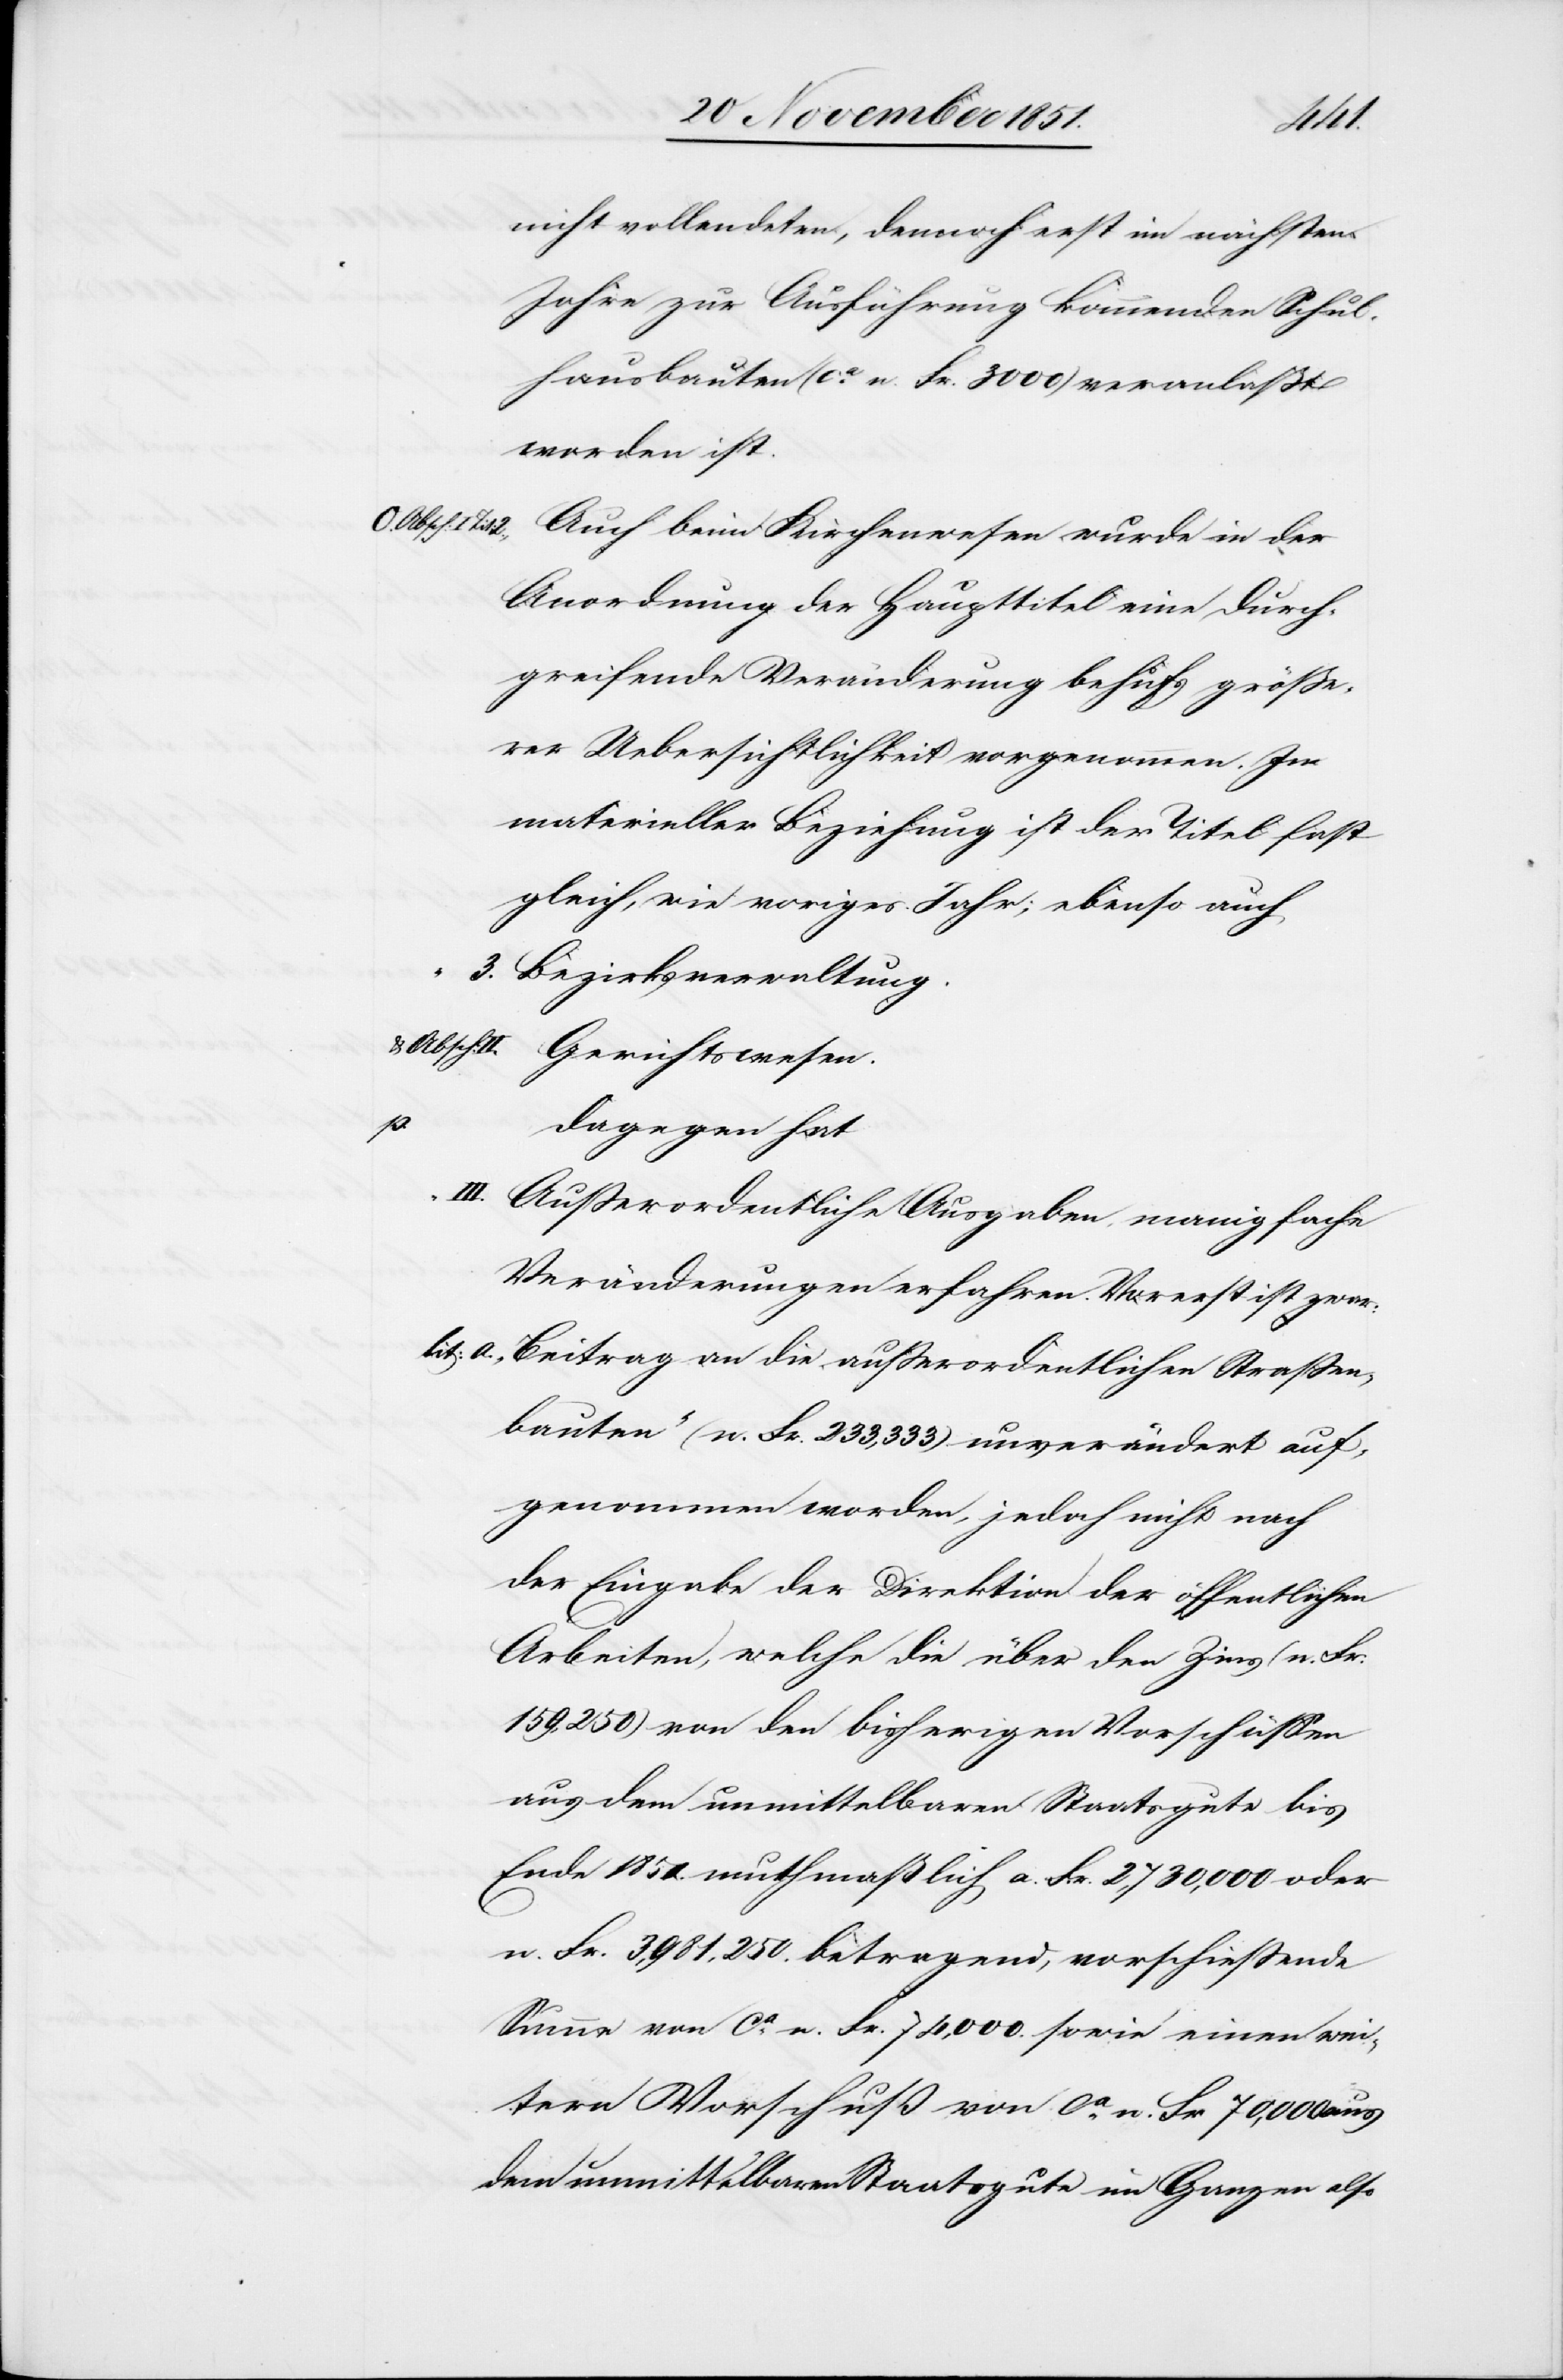
lit:
nicht vollendeten, dennoch erst im nächsten
Jahre zur Ausführung kommenden Schul¬
hausbauten (ca. n. Fr. 3000) veranlaßt
worden ist.
Absch: I Tit:]
Auch beim Kirchenwesen wurde in der
Anordnung der Haupttitel eine Durch¬
erer Uebersichtlichkeit vorgenommen. In
materieller Beziehung ist der Titel fast
gleich, wie voriges Jahr; ebenso auch
Bezirksverwaltung.
& Absch:
Gerichtswesen.
a.
dagegen hat
Außerordentliche Ausgaben, manigfache
Veränderungen erfahren. Vorerst ist zwar:
„Beitrag an die außerordentlichen Straßen¬
bauten“ (n. Fr. 233,333) unverändert auf¬
genommen worden, jedoch nicht nach
der Eingabe der Direktion der öffentlichen
Arbeiten, welche die über den Zins (n. Fr:
159,250) von den bisherigen Vorschüssen
aus dem unmittelbaren Staatsgute bis
Ende 1850. muthmaßlich a. Fr. 2,730,000 oder
n. Fr. 3,981,250. betragend, vorschießende
Summe von ca. n. Fr. 74,000. sowie einen wei¬
tern Vorschuß von ca. n. Fr 70,000 aus
dem unmittelbaren Staatsgute im Ganzen also